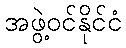
အဖွဲ့ဝင်နိုင်ငံ